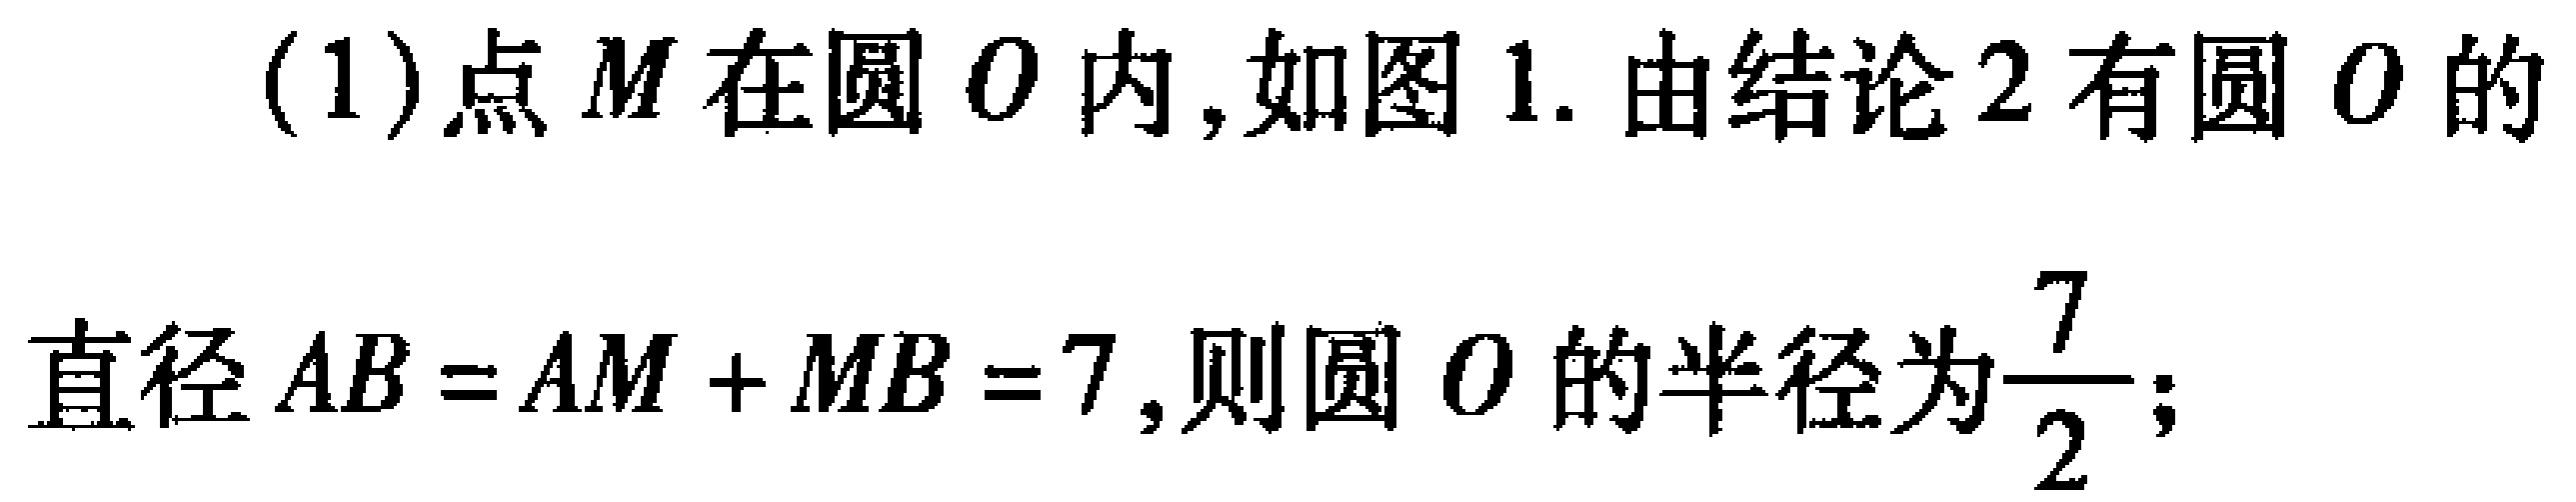
(1)点\(M\)在圆\(O\)内, 如图\(1\). 由结论\(2\)有圆\(O\)的
直径\(AB = AM + MB = 7\), 则圆\(O\)的半径为\(\dfrac{7}{2}\);